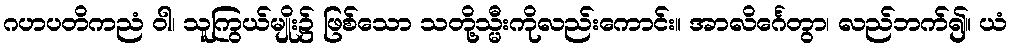
ဂဟပတိကညံ ဝါ၊ သူကြွယ်မျိုး၌ ဖြစ်သော သတို့သ္မီးကိုလည်းကောင်း။ အာလိင်္ဂေတွာ၊ လည်ဘက်၍။ ယံ